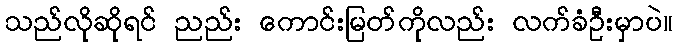
သည်လိုဆိုရင် ညည်း ကောင်းမြတ်ကိုလည်း လက်ခံဦးမှာပဲ။